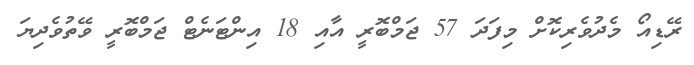
ރޭޑިއޯ މެދުވެރިކޮށް މިފަދަ 57 ޖަމްބޮރީ އާއި 18 އިންޓަނެޓް ޖަމްބޮރީ ވޭތުވެދިޔަ